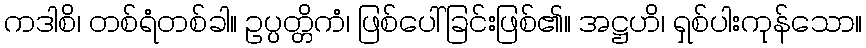
ကဒါစိ၊ တစ်ရံတစ်ခါ။ ဥပ္ပတ္တိကံ၊ ဖြစ်ပေါ်ခြင်းဖြစ်၏။ အဋ္ဌဟိ၊ ရှစ်ပါးကုန်သော။